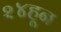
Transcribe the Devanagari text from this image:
२४हून